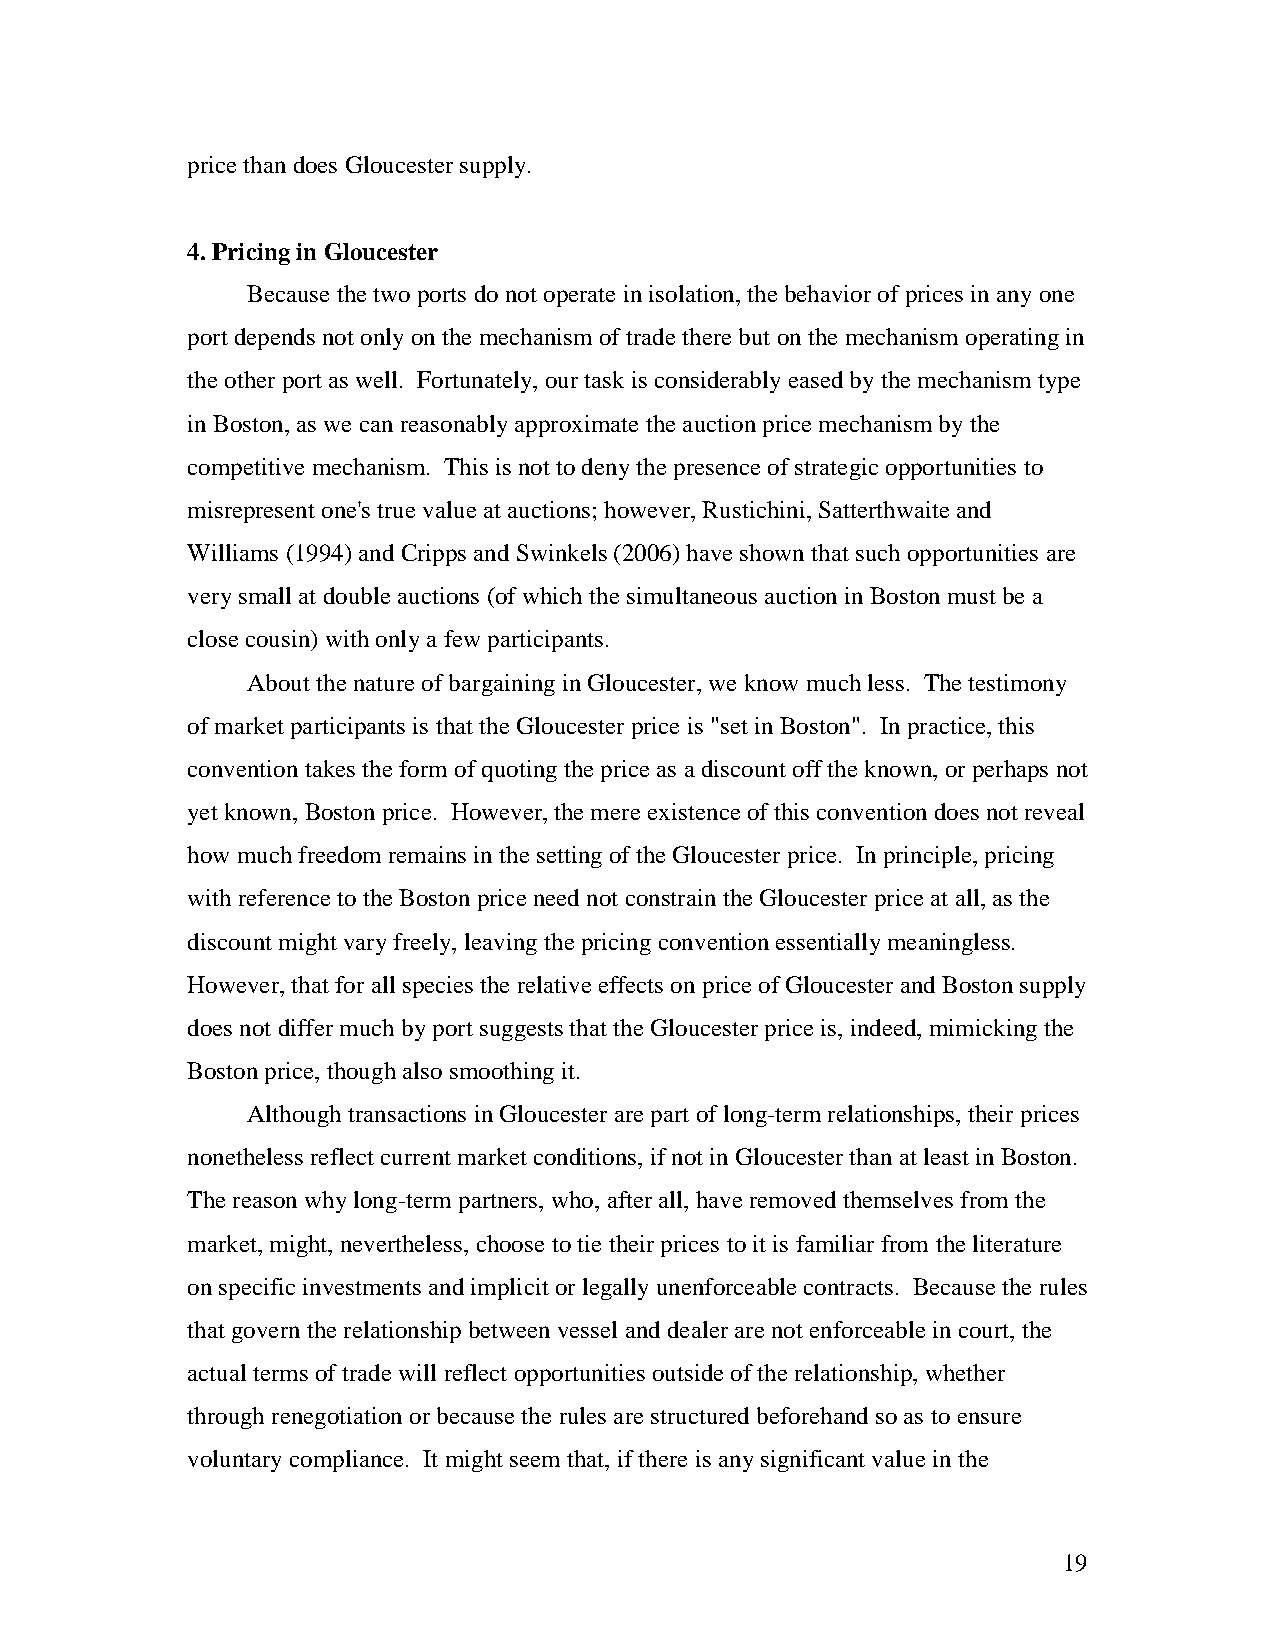
price than does Gloucester supply.
 4. Pricing in Gloucester
 Because the two ports do not operate in isolation, the behavior of prices in any one
 port depends not only on the mechanism of trade there but on the mechanism operating in
 the other port as well. Fortunately, our task is considerably eased by the mechanism type
 in Boston, as we can reasonably approximate the auction price mechanism by the
 competitive mechanism. This is not to deny the presence of strategic opportunities to
 misrepresent one's true value at auctions; however, Rustichini, Satterthwaite and
 Williams (1994) and Cripps and Swinkels (2006) have shown that such opportunities are
 very small at double auctions (of which the simultaneous auction in Boston must be a
 close cousin) with only a few participants.
 About the nature of bargaining in Gloucester, we know much less. The testimony
 of market participants is that the Gloucester price is "set in Boston". In practice, this
 convention takes the form of quoting the price as a discount off the known, or perhaps not
 yet known, Boston price. However, the mere existence of this convention does not reveal
 how much freedom remains in the setting of the Gloucester price. In principle, pricing
 with reference to the Boston price need not constrain the Gloucester price at all, as the
 discount might vary freely, leaving the pricing convention essentially meaningless.
 However, that for all species the relative effects on price of Gloucester and Boston supply
 does not differ much by port suggests that the Gloucester price is, indeed, mimicking the
 Boston price, though also smoothing it.
 Although transactions in Gloucester are part of long-term relationships, their prices
 nonetheless reflect current market conditions, if not in Gloucester than at least in Boston.
 The reason why long-term partners, who, after all, have removed themselves from the
 market, might, nevertheless, choose to tie their prices to it is familiar from the literature
 on specific investments and implicit or legally unenforceable contracts. Because the rules
 that govern the relationship between vessel and dealer are not enforceable in court, the
 actual terms of trade will reflect opportunities outside of the relationship, whether
 through renegotiation or because the rules are structured beforehand so as to ensure
 voluntary compliance. It might seem that, if there is any significant value in the
 19